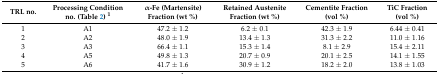
<table><thead><tr><td><b>TRL no.</b></td><td><b>Processing Condition no. (Table 2) <sup>1</sup></b></td><td><b>α-Fe (Martensite) Fraction (wt %)</b></td><td><b>Retained Austenite Fraction (wt %)</b></td><td><b>Cementite Fraction (vol %)</b></td><td><b>TiC Fraction (vol %)</b></td></tr></thead><tbody><tr><td>1</td><td>A1</td><td>47.2 ± 1.2</td><td>6.2 ± 0.1</td><td>42.3 ± 1.9</td><td>6.44 ± 0.41</td></tr><tr><td>2</td><td>A2</td><td>48.0 ± 1.9</td><td>13.4 ± 1.3</td><td>31.3 ± 2.2</td><td>11.0 ± 1.16</td></tr><tr><td>3</td><td>A3</td><td>66.4 ± 1.1</td><td>15.3 ± 1.4</td><td>8.1 ± 2.9</td><td>15.4 ± 2.11</td></tr><tr><td>4</td><td>A5</td><td>49.8 ± 1.3</td><td>20.7 ± 0.9</td><td>20.1 ± 2.5</td><td>14.1 ± 1.55</td></tr><tr><td>5</td><td>A6</td><td>41.7 ± 1.6</td><td>30.9 ± 1.2</td><td>18.2 ± 2.0</td><td>13.8 ± 1.03</td></tr></tbody></table>